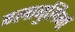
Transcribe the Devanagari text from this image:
ग्लाबुलिनों